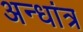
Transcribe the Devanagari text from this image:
अन्धांत्र